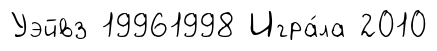
Уэйвз 19961998 Игра́ла 2010